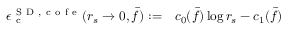
\begin{array} { r l } { \epsilon _ { \mathrm { ~ c ~ } } ^ { { \mathrm { ~ S ~ D ~ } } , \mathrm { ~ c ~ o ~ f ~ e ~ } } ( r _ { s } \to 0 , \bar { f } ) : = } & { { } c _ { 0 } ( \bar { f } ) \log r _ { s } - c _ { 1 } ( \bar { f } ) } \end{array}